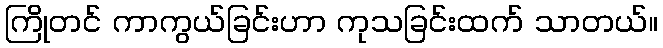
ကြိုတင် ကာကွယ်ခြင်းဟာ ကုသခြင်းထက် သာတယ်။